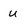
Character: u